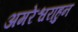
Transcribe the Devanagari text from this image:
अमरेश्वराहुन